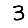
Digit: 3